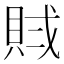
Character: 𧵶